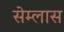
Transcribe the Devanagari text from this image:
सेम्लास